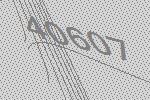
40607